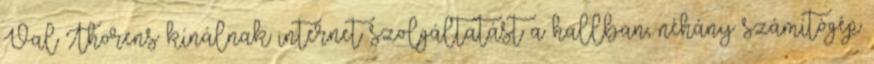
Val Thorens kínálnak internet szolgáltatást a hallban, néhány számítógép